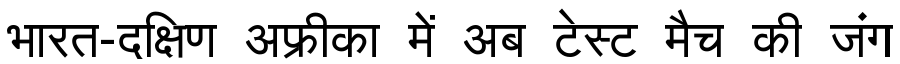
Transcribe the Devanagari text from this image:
भारत-दक्षिण अफ्रीका में अब टेस्ट मैच की जंग